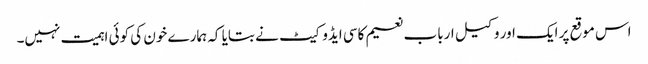
اس موقع پر ایک اور وکیل ارباب نعیم کاسی ایڈوکیٹ نے بتایا کہ ہمارے خون کی کوئی اہمیت نہیں۔